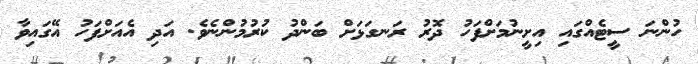
ހުންނަ ސީޓެއްގައި އިށީނުމަށްފަހު ދޮރު ރަނގަޅަށް ބަންދު ކުރުމުންނެވެ. އަދި އެއަށްފަހު އޭގައިވާ